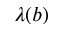
\lambda ( b )